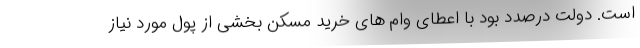
است. دولت درصدد بود با اعطای وام های خرید مسکن بخشی از پول مورد نیاز